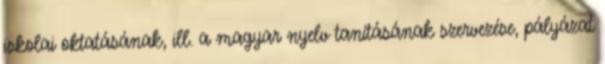
iskolai oktatásának, ill. a magyar nyelv tanításának szervezése, pályázat